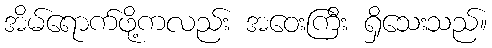
အိမ်ရောက်ဖို့ကလည်း အဝေးကြီး ရှိသေးသည်။